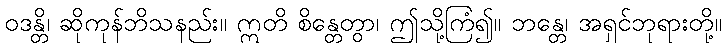
ဝဒန္တိ၊ ဆိုကုန်ဘိသနည်း။ ဣတိ စိန္တေတွာ၊ ဤသို့ကြံ၍။ ဘန္တေ၊ အရှင်ဘုရားတို့။